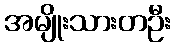
အမျိုးသားတဦး